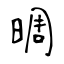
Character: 晭